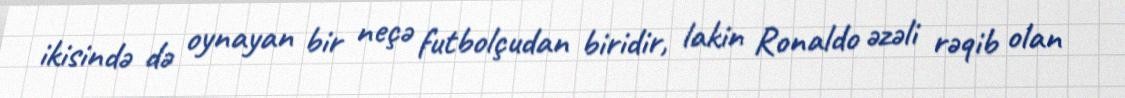
ikisində də oynayan bir neçə futbolçudan biridir, lakin Ronaldo əzəli rəqib olan